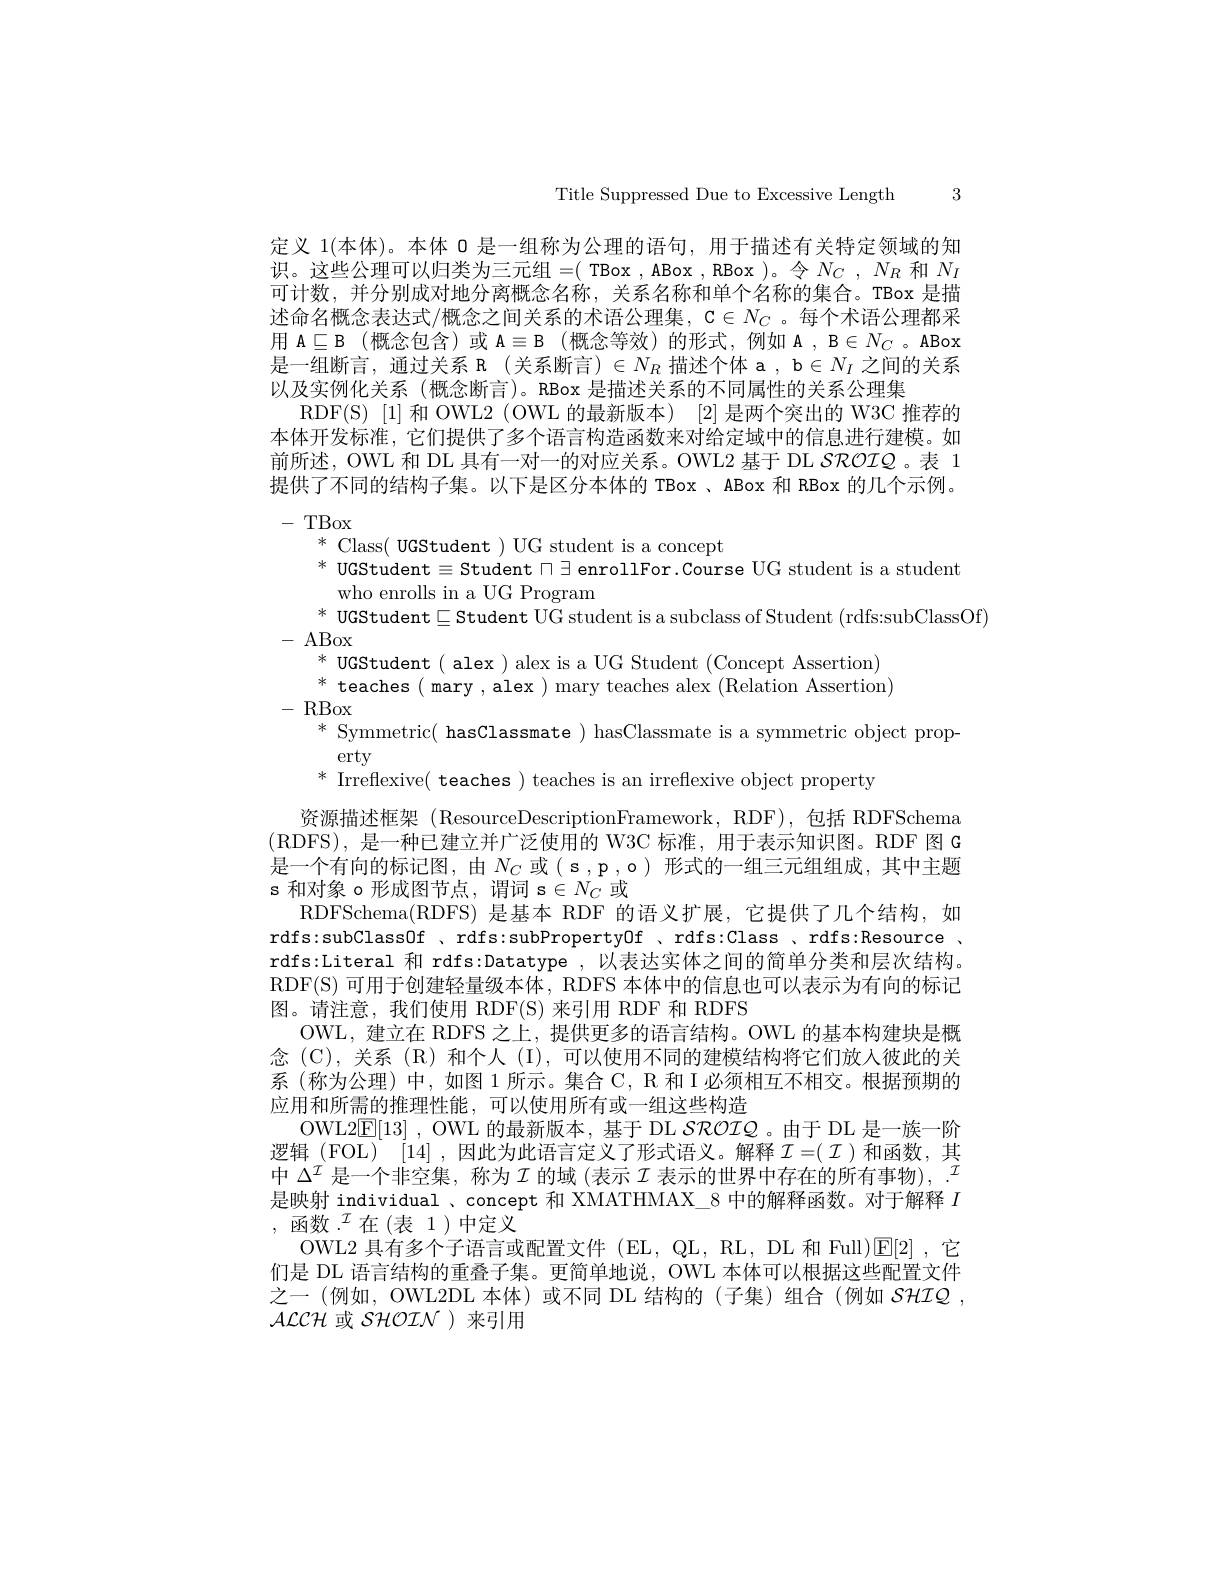
Title Suppressed Due to Excessive Length 3

定义 1(本体)。本体 0 是一组称为公理的语句，用于描述有关特定领域的知识。这些公理可以归类为三元组=( TBox , ABox , RBox )。令$N_C,N_R$和$N_I$ 可计数，并分别成对地分离概念名称，关系名称和单个名称的集合。TBox 是描述命名概念表达式/概念之间关系的术语公理集，$\mathfrak{C}\in N_C$ 。每个术语公理都采用$\mathcal{A}\subseteq\mathcal{B}$ (概念包含)或$\mathcal{A}\equiv\mathcal{B}$ (概念等效)的形式，例如 A , B$\in N_C$ 。ABox 是一组断言，通过关系 R (关系断言) $\in N_R$描述个体 a , b $\in N_I$之间的关系以及实例化关系 (概念断言)。RBox 是描述关系的不同属性的关系公理集
RDF(S)[1]和 OWL2(OWL 的最新版本) [2]是两个突出的 W3C 推荐的本体开发标准，它们提供了多个语言构造函数来对给定域中的信息进行建模。如前所述，OWL 和 DL 具有一对一的对应关系。OWL2 基于 DL SROIQ。表 1提供了不同的结构子集。以下是区分本体的 TBox、ABox 和 RBox 的几个示例。-TBox
* Class( UGStudent ) UG student is a concept
$^*$ UGStudent$\equiv$Student $\sqcap\exists$ enrollFor.Course UG student is a student
who enrolls in a UG Program
$^*$ UGStudent$\sqsubseteq$Student UG student is a subclass of Student (rdfs:subClassOf)
- ABox
$^*$ UGStudent ( alex ) alex is a UG Student (Concept Assertion) $^{*}$ teaches ( mary , alex ) mary teaches alex $(\tilde{\text{Relation Assertion}})$
-RBox
$^*$ Symmetric( hasClassmate ) hasClassmate is a symmetric object prop-
erty
$^*$ Irreflexive( teaches ) teaches is an irreflexive object property
资源描述框架 (ResourceDescriptionFramework,RDF),包括 RDFSchema (RDFS),是一种已建立并广泛使用的 W3C 标准，用于表示知识图。RDF 图 G 是一个有向的标记图，由$N_C$ 或(s,p,o)形式的一组三元组组成，其中主题s 和对象 o 形成图节点，谓词 s$\in N_C$或
RDFSchema(RDFS) 是基本 RDF 的语义扩展，它提供了几个结构，如rdfs:subClassOf 、rdfs:subPropertyOf 、rdfs:Class 、rdfs:Resource , rdfs:Literal 和 rdfs:Datatype ,以表达实体之间的简单分类和层次结构。RDF(S)可用于创建轻量级本体，RDFS 本体中的信息也可以表示为有向的标记图。请注意，我们使用 RDF(S)来引用 RDF 和 RDFS
OWL, 建 立 在 RDFS 之 上 , 提 供 更 多 的 语 言 结 构 。OWL 的 基 本 构 建 块 是 概 念(C),关系(R)和个人(I),可以使用不同的建模结构将它们放入彼此的关系 (称为公理) 中，如图 1 所示。集合 C, R 和 I 必须相互不相交。根据预期的应用和所需的推理性能，可以使用所有或一组这些构造
OWL2$\overline {\mathrm{E} }$[ 13] , OWL 的最新版本，基于 DL SROIQ。由于 DL 是一族一阶逻辑(FOL)$^[14]$,因此为此语言定义了形式语义。解释$\mathcal{I}=(\mathcal{I})$和函数，其中$\Delta^I$是一个非空集，称为$\mathcal{I}$的域 (表示$\mathcal{I}$表示的世界中存在的所有事物), $^\mathcal{I}$ 是映射 individual 、concept 和 XMATHMAX\_8 中的解释函数。对于解释$I$ , 函数$.^\mathcal{I}$在(表 1)中定义
OWL2 具有多个子语言或配置文件 (EL, QL, RL, DL 和 Full)[E[2] ,它们是 DL 语言结构的重叠子集。更简单地说，OWL 本体可以根据这些配置文件之一 (例如，OWL2DL 本体)或不同 DL 结构的 (子集)组合 (例如 SHIQ , $\mathcal{A}\mathcal{LCH}$或 SHOIN )来引用